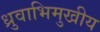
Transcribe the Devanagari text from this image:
ध्रुवाभिमुखीय